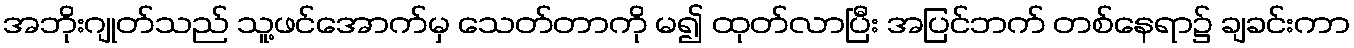
အဘိုးဂျုတ်သည် သူ့ဖင်အောက်မှ သေတ်တာကို မ၍ ထုတ်လာပြီး အပြင်ဘက် တစ်နေရာ၌ ချခင်းကာ